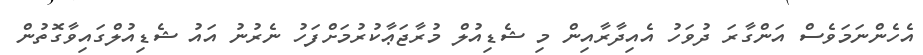
އެހެންނަމަވެސް އަންގާރަ ދުވަހު އެއިދާރާއިން މި ޝެޑިއުލް މުރާޖަޢާކުރުމަށްފަހު ނެރުނު އައު ޝެޑިއުލްގައިވާގޮތުން